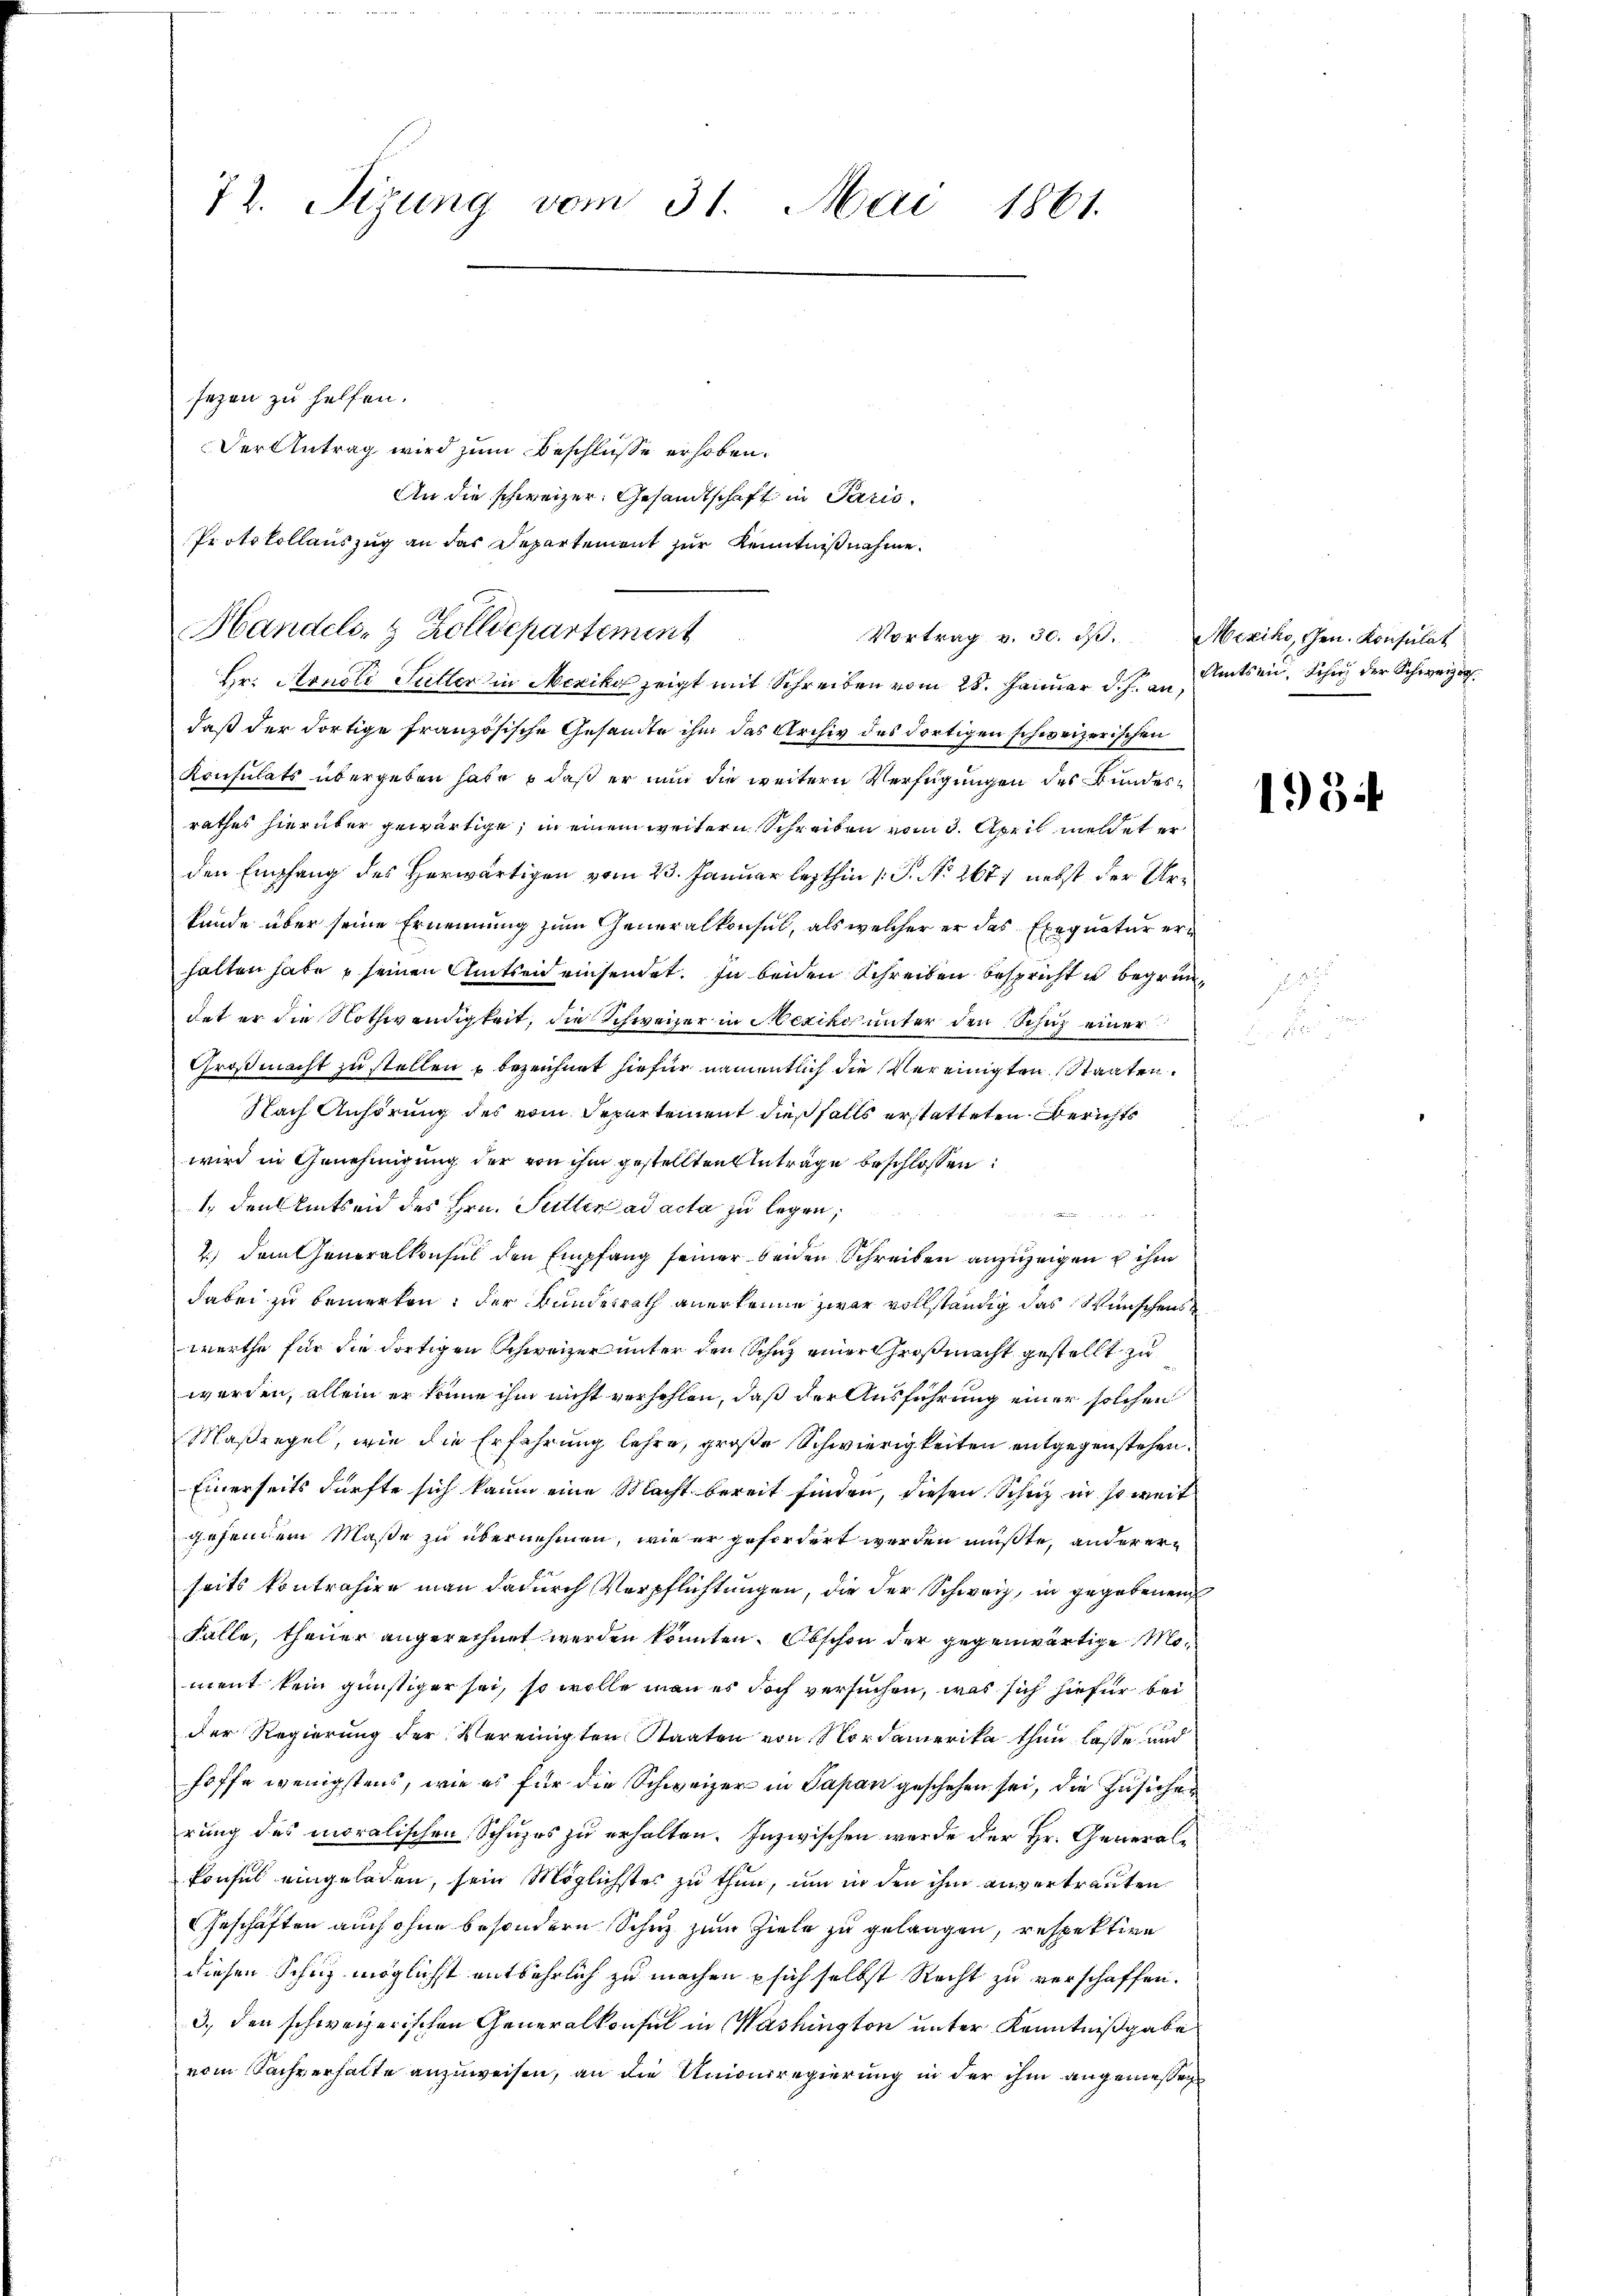
12. Sitzung vom 31. Mai 1861.

sezen zu helfen.
Der Antrag wird zum Beschlüsse erhoben.
An die schweizer. Gesandtschaft in Paris
Protokollauszug an das Departement zur Kenntnißnahme.

Handels- & Zolldepartement

Hr. Honoli Futter in Mexiko zeigt mit Schreiben vom 28. Januar d. J. an Amtsein, Schuh der Schweizer
daß der dortige Französische Gesandte ihm das Archiv des dortigen schweizerischen
Konsulats übergeben habe, daß er nun die weitern Verfügungen des Bundesrathes hierüber gewärtige, in einem weitern Schreiben vom 3. April meldet er
den Empfang des Herwärtigen vom 23. Januar lezthin 1 S. No. 267) nebst der Urkunde über seine Ernennung zum Generalkonsul, als welcher er das Exequatur erhalten habe u seinen Amtseit einsendet. In beiden Schreiben bespricht u begründet er die Nothwendigkeit, die Schweizer in Mexikos unter den Schutz einer
Großmacht zu stellen u bezeichnet hiefür namentlich die Vereinigten Staaten.
Nach Anhörung des vom Departement dießfalls erstatteten Berichts
wird in Genehmigung der von ihm gestellten Anträge beschlossen:
1. den Amtseid des Hrn. Sutter ad acta zu legen;

2) dem Generalkonsul den Empfang seiner beiden Schreiben anzuzeigen u ihm
dabei zu bemerken, der Bundesrath anerkenne zwar vollständig das Wünschens
werthe für die dortigen Schweizer unter den Schutz einer Großmacht gestellt zu
werden, allein er könne ihm nicht verfehlen, daß der Ausführung einer solchen
Maßregel, wie die Erfahrung lehre, große Schwierigkeiten entgegenstehen.
Einerseits dürfte sich kaum eine Macht bereit finden, diesen Schutz in so weit
gehenden Maße zu übernehmen, wie er gefordert werden müßte, anderer
seits kontrahire man dadurch Verpflichtungen, die der Schweiz, in gegebenen
Falle, theuer angerechnet werden könnten. Abschon der gegenwärtige Moment kein günstiger sei, so wolle man es doch versuchen, was sich hiefür bei
der Regierung der Vereinigten Staaten von Nordamerika thun lasse und
hoffe wenigstens, wie es für die Schweizer in Papan geschehen sei, die Zusichen
rung des moralischen Schuzes zu erhalten. Inzwischen werde der Hr. Generalkonsul eingeladen, sein Möglichstes zu thun, um in den ihm unvertrauten
Geschäften auch ohne besondern Schutz zum Ziele zu gelangen, respektive
diesen Schutz möglichst entbehrlich zu machen sich selbst Recht zu verschaffen.
3., der schweizerischen Generalkonsul in Washington unter Kenntnißgabe
vom Sachverhalte anzuweisen, an die Unionsregierung in der ihm angemeßen

Vortrag v. 30. dβ. Mexiko, Gen. Konsulat

195